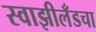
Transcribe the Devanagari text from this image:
स्वाझीलँडचा